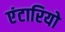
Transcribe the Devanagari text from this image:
एंटारियो